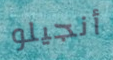
أنجيلو